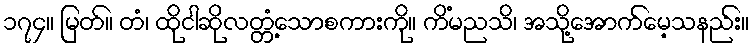
၁၇၄။ မြတ်။ တံ၊ ထိုငါဆိုလတ္တံ့သောစကားကို။ ကိံမညသိ၊ အသို့အောက်မေ့သနည်း။